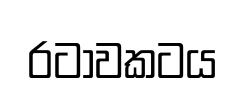
රටාවකටය